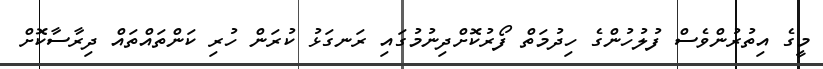
މީގެ އިތުރުންވެސް ފުލުހުންގެ ހިދުމަތް ފޯރުކޮށްދިނުމުގައި ރަނގަޅު ކުރަން ހުރި ކަންތައްތައް ދިރާސާކޮށް